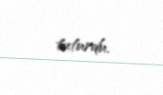
tuturdu.